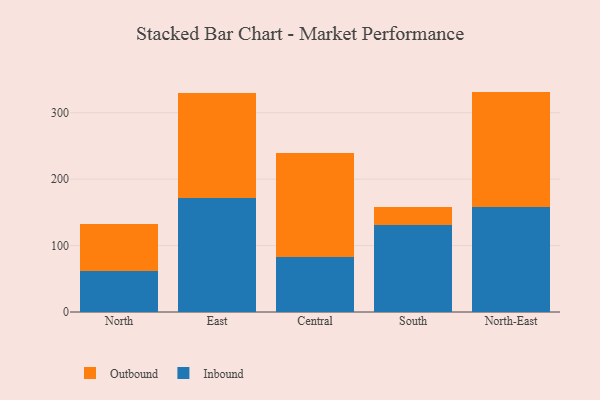
{"axis": {"x": "Region", "y": "Net Income (USD K)"}, "legend": ["Inbound", "Outbound"], "data": [{"x": "North", "y": 61.2, "type": "Inbound"}, {"x": "North", "y": 71.9, "type": "Outbound"}, {"x": "East", "y": 172.2, "type": "Inbound"}, {"x": "East", "y": 157.6, "type": "Outbound"}, {"x": "Central", "y": 83.5, "type": "Inbound"}, {"x": "Central", "y": 155.9, "type": "Outbound"}, {"x": "South", "y": 131.1, "type": "Inbound"}, {"x": "South", "y": 26.6, "type": "Outbound"}, {"x": "North-East", "y": 157.8, "type": "Inbound"}, {"x": "North-East", "y": 174.0, "type": "Outbound"}]}